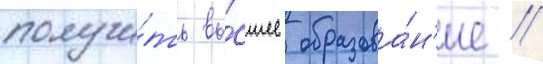
получи́ть вы́сшее образова́н'ие //